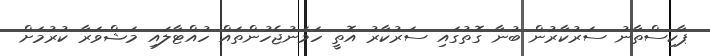
ޕާކިސްތާނު ސަރުކާރުން ބުނާ ގޮތުގައި ސަރުކާރު އޮތީ ހަމަނުޖެހުންތައް ހުއްޓާލައި މަޝްވަރާ ކުރުމަށް